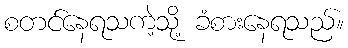
စတင်နေရသကဲ့သို့ ခံစားနေရသည်။